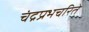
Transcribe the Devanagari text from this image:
चंद्रप्रभचरिते